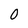
Character: 0